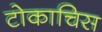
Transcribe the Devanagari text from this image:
टोकाचिस